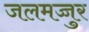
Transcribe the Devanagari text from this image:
जलमज्जुर